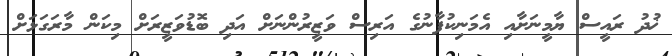
ޚުދު ރައީސް ޔާމީނަށާއި އެމަނިކުފާނުގެ އަރިސް ވަޒީރުންނަށް އަދި ބޮޑުވަޒީރަށް މިކަން މާރަގަޅަށް